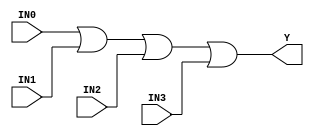
//------------------------------------------------------
// Copyright 1992, 1993 Cascade Design Automation Corporation.
//------------------------------------------------------
module stdor4(IN0,IN1,IN2,IN3,Y);
  parameter
        d_IN0_r = 0,
        d_IN0_f = 0,
        d_IN1_r = 0,
        d_IN1_f = 0,
        d_IN2_r = 0,
        d_IN2_f = 0,
        d_IN3_r = 0,
        d_IN3_f = 0,
        d_Y_r = 1,
        d_Y_f = 1;
  input  IN0;
  input  IN1;
  input  IN2;
  input  IN3;
  output  Y;
  wire  IN0_temp;
  wire  IN1_temp;
  wire  IN2_temp;
  wire  IN3_temp;
  reg  Y_temp;
  assign #(d_IN0_r,d_IN0_f) IN0_temp = IN0;
  assign #(d_IN1_r,d_IN1_f) IN1_temp = IN1;
  assign #(d_IN2_r,d_IN2_f) IN2_temp = IN2;
  assign #(d_IN3_r,d_IN3_f) IN3_temp = IN3;
  assign #(d_Y_r,d_Y_f) Y = Y_temp;
  always
    @(IN0_temp or IN1_temp or IN2_temp or IN3_temp)
      begin
      Y_temp = (((IN0_temp | IN1_temp) | IN2_temp) | IN3_temp);
      end
endmodule